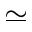
\simeq